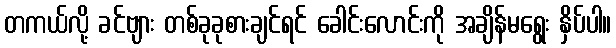
တကယ်လို့ ခင်ဗျား တစ်ခုခုစားချင်ရင် ခေါင်းလောင်းကို အချိန်မရွေး နှိပ်ပါ။